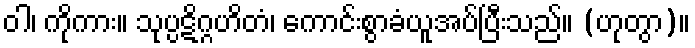
ဝါ၊ ကိုကား။ သုပ္ပဋိဂ္ဂဟိတံ၊ ကောင်းစွာခံယူအပ်ပြီးသည်။ (ဟုတွာ)။